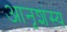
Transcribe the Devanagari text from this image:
आनृशंस्य